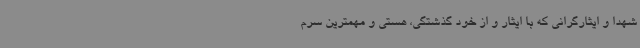
شهدا و ایثارگرانی که با ایثار و از خود گذشتگی، هستی و مهمترین سرم